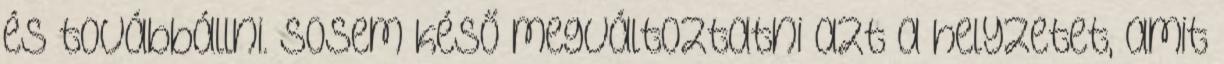
és továbbállni. Sosem késő megváltoztatni azt a helyzetet, amit